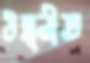
উন্ন্নীত